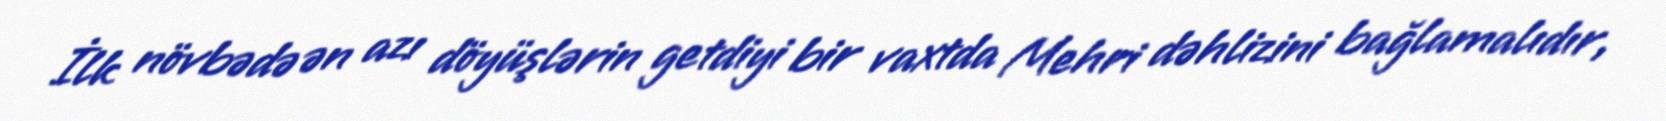
İlk növbədə ən azı döyüşlərin getdiyi bir vaxtda Mehri dəhlizini bağlamalıdır,